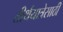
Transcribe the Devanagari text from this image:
तीर्थयात्रेसाठी